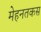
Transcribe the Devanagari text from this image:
मेहनतकस